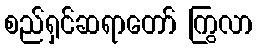
စည်ရှင်ဆရာတော် ကြွလာ